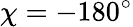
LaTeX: \chi=-180^{\circ}